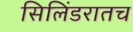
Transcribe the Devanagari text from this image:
सिलिंडरातच